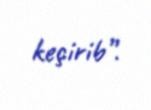
keçirib”.